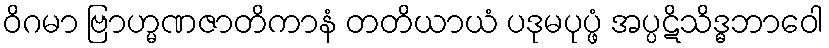
ဝိဂမာ ဗြာဟ္မဏဇာတိကာနံ တတိယာယံ ပဒုမပုပ္ဖံ အပ္ပဋိသိဒ္ဓဘာဝေါ